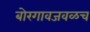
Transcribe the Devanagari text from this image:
बोरगावजवळच